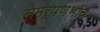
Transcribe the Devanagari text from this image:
समर्पणभाव